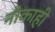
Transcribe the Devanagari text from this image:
नौकाही